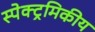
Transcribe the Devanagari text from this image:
स्पेक्ट्रमिकीय